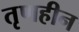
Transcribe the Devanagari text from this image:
तृणहीन